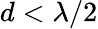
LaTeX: d<\lambda/2